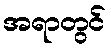
အရာတွင်